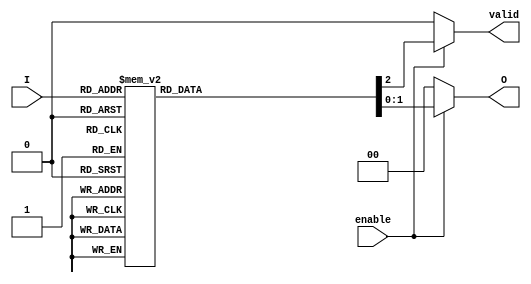
module priority_encoder (
    input wire [3:0] I,      // 4 input lines
    input wire enable,       // Enable signal
    output reg [1:0] O,      // 2 output lines
    output reg valid         // Output valid signal
);

    always @(*) begin
        if (!enable) begin
            O = 2'b00;        // Default state when not enabled
            valid = 1'b0;     // Invalid state
        end else begin
            casez (I)         // Use casez to handle don't care conditions
                4'b0001: begin O = 2'b00; valid = 1'b1; end // I0 active
                4'b0010: begin O = 2'b01; valid = 1'b1; end // I1 active
                4'b0100: begin O = 2'b10; valid = 1'b1; end // I2 active
                4'b1000: begin O = 2'b11; valid = 1'b1; end // I3 active
                4'b0011: begin O = 2'b01; valid = 1'b1; end // I1 and I0 active
                4'b0101: begin O = 2'b10; valid = 1'b1; end // I2 and I0 active
                4'b0110: begin O = 2'b10; valid = 1'b1; end // I2 and I1 active
                4'b1001: begin O = 2'b11; valid = 1'b1; end // I3 and I0 active
                4'b1010: begin O = 2'b11; valid = 1'b1; end // I3 and I1 active
                4'b1100: begin O = 2'b11; valid = 1'b1; end // I3 and I2 active
                default: begin O = 2'b00; valid = 1'b0; end // No active inputs
            endcase
        end
    end

endmodule